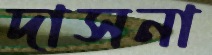
দাসনা